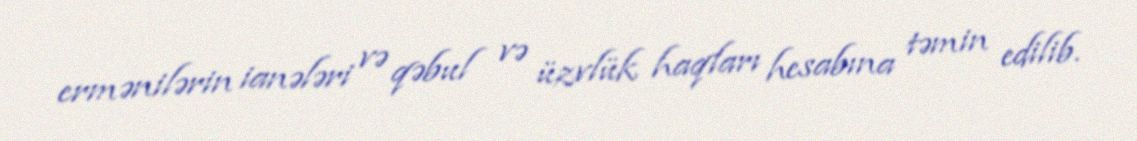
ermənilərin ianələri və qəbul və üzvlük haqları hesabına təmin edilib.